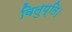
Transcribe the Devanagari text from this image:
विलुप्ति।